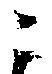
ニ